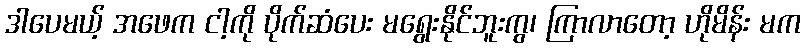
ဒါပေမယ့် အဖေက ငါ့ကို ပိုက်ဆံပေး မရွေးနိုင်ဘူးကွ၊ ကြာလာတော့ ဟိုမိန်း မက